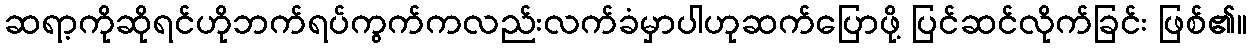
ဆရာ့ကိုဆိုရင်ဟိုဘက်ရပ်ကွက်ကလည်းလက်ခံမှာပါဟုဆက်ပြောဖို့ ပြင်ဆင်လိုက်ခြင်း ဖြစ်၏။